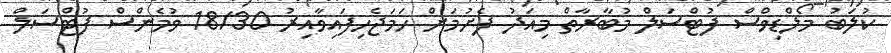
ކުލަބު މޯލްޑިވްސް ފުޓްސަލް މުބާރާތް މިއަދު ފެށުމަށް ހަމަޖެހިފައިވާއިރު 18/30 ވުމެންސް ފުޓްސަލް